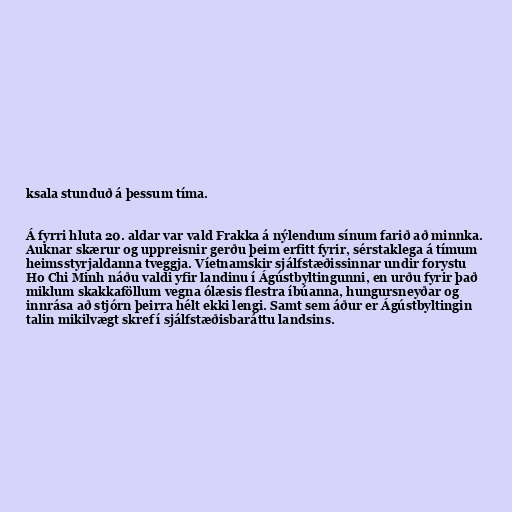
ksala stunduð á þessum tíma.

Á fyrri hluta 20. aldar var vald Frakka á nýlendum sínum farið að minnka.
Auknar skærur og uppreisnir gerðu þeim erfitt fyrir, sérstaklega á tímum
heimsstyrjaldanna tveggja. Víetnamskir sjálfstæðissinnar undir forystu
Ho Chi Minh náðu valdi yfir landinu í Ágústbyltingunni, en urðu fyrir það
miklum skakkaföllum vegna ólæsis flestra íbúanna, hungursneyðar og
innrása að stjórn þeirra hélt ekki lengi. Samt sem áður er Ágústbyltingin
talin mikilvægt skref í sjálfstæðisbaráttu landsins.